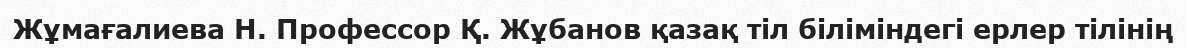
Жұмағалиева Н. Профессор Қ. Жұбанов қазақ тіл біліміндегі ерлер тілінің